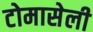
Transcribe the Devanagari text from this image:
टोमासेली